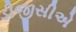
ડીજીસીએ